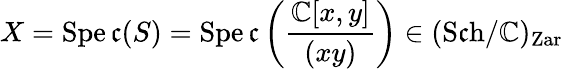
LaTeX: X=\operatorname{Spe\mathfrak{c}}(S)=\operatorname{Spe\mathfrak{c}}\left({\frac{{\mathbb{{C}}[x,y]}}{{(xy)}}}\right)\in({\operatorname{S\mathfrak{c}h}}/\mathbb{{C}})_{\mathrm{{Zar}}}